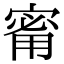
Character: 𪧟